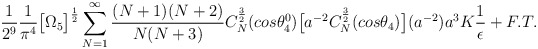
\begin{align*}\frac{1}{2^9}\frac{1}{\pi^4}\big{[}\Omega_5\big{]}^{\frac{1}{2}}\sum_{N=1}^{\infty}\frac{(N + 1)(N + 2)}{N(N + 3)}C_N^{\frac{3}{2}}(cos{\theta_4^0})\big{[}a^{-2}C_N^{\frac{3}{2}}(cos{\theta_4})\big{]}(a^{-2})a^3K \frac{1}{\epsilon} + F. T.\end{align*}